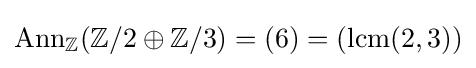
{\text{Ann}}_{\mathbb {Z} }(\mathbb {Z} /2\oplus \mathbb {Z} /3)=(6)=({\text{lcm}}(2,3))